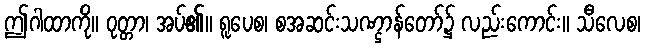
ဤဂါထာကို။ ဝုတ္တာ၊ အပ်၏။ ရူပေစ၊ စအဆင်းသဏ္ဌာန်တော်၌ လည်းကောင်း။ သီလေစ၊